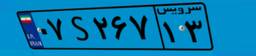
۰۷S۲۶۷۱۳